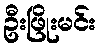
ဦးဖြိုးမင်း